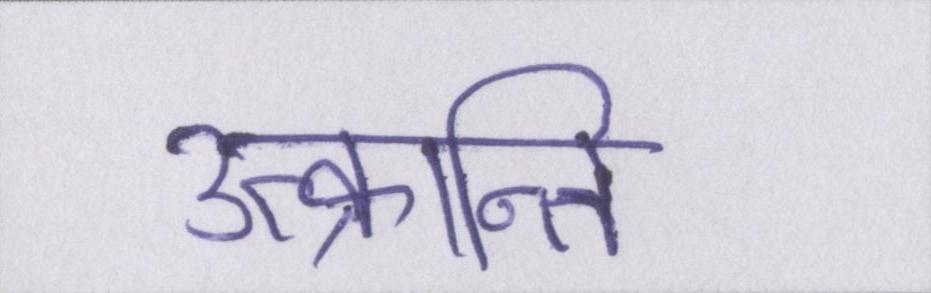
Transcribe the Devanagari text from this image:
उत्क्रान्ति